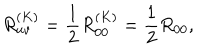
R _ { u v } ^ { ( K ) } = \frac { 1 } { 2 } R _ { 0 0 } ^ { ( K ) } = \frac { 1 } { 2 } R _ { 0 0 } ,